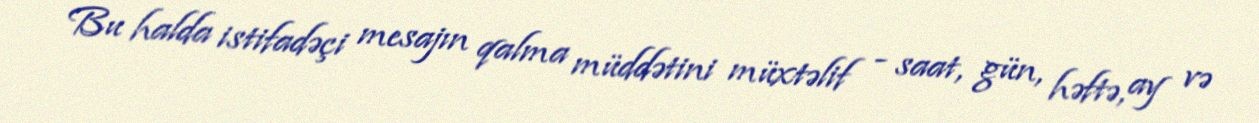
Bu halda istifadəçi mesajın qalma müddətini müxtəlif - saat, gün, həftə, ay və